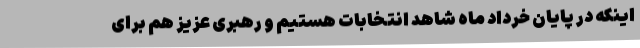
اینکه در پایان خرداد ماه شاهد انتخابات هستیم و رهبری عزیز هم برای